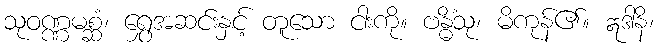
သုဝဏ္ဏမစ္ဆံ၊ ရွှေအဆင်းနှင့် တူသော ငါးကို။ ဗန္ဓိံသု၊ မိကုန်၏။ ဣဒါနိ၊